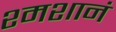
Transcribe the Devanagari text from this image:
श्मशानं